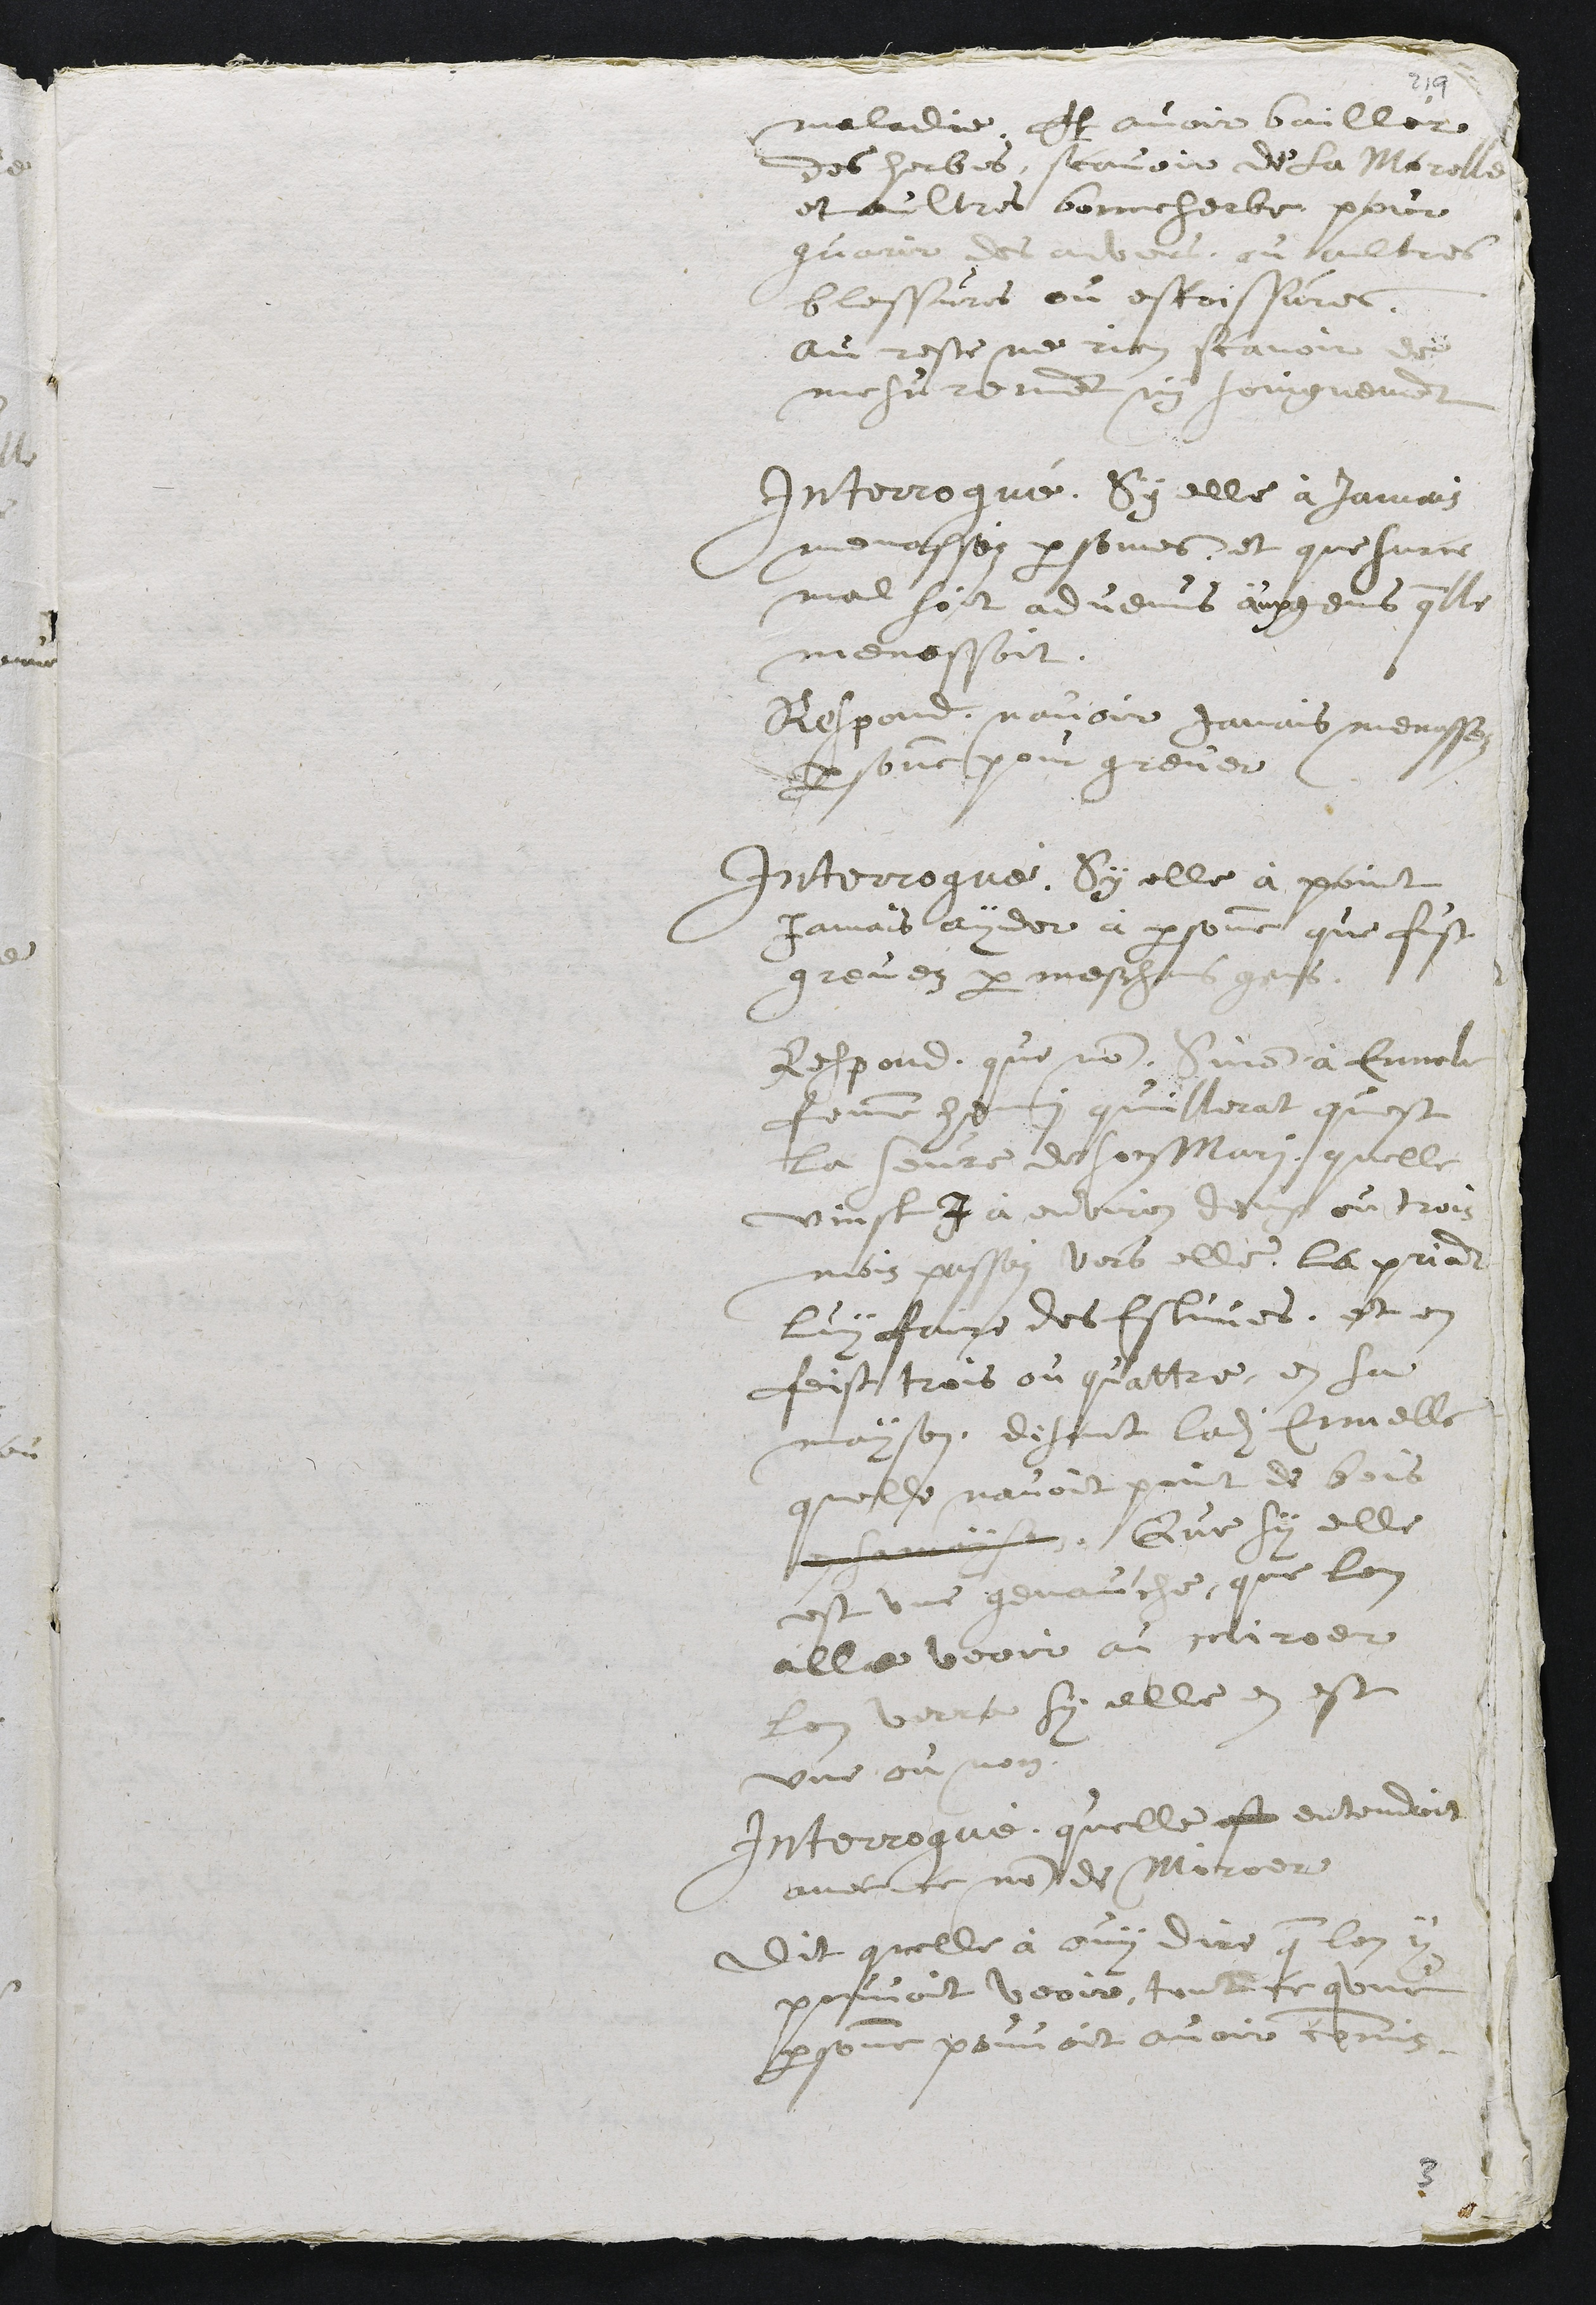
maladie. Et avoir baillér
des herbes, scavoir de la Morelle
et aultres bonneherbe, pour
guarir des anvers, ou aultres
blessures ou escoissures.
Au reste ne rien scavoir de
mesurement ny soingnement
Interrogué, sy elle à jamais
menasséz personnes, et que sur ce
mal soit advenus aux gens quelle
menassoit.
Respond, navoir jamais menassez
personne pour grever
Interrogué, sy elle à point
jamais ayder à personne que fust
grevez par meschans gens.
Respond, que non. Sinon à Ennele
femme henri quillerat quest
la seure de son Mari, quelle
vinst I à environ deux ou trois
mois passéz vers elle, la priant
luy faire des estuves. et en
feist trois ou quattre, en sa
mayson, disant ladite Ennelle
quelle navoit point de bois
en sa mayson. Que sy elle
est une genauche, que lon
alle veoir au miroer
lon verra sy elle en est
une ou non.
Interrogué, quelle est entendoit
avec ce nom de Miroer
dit quelle à ouy dire que lon y
pouvoit veoire, tout ce qune
personne pouvoit avoir commis.